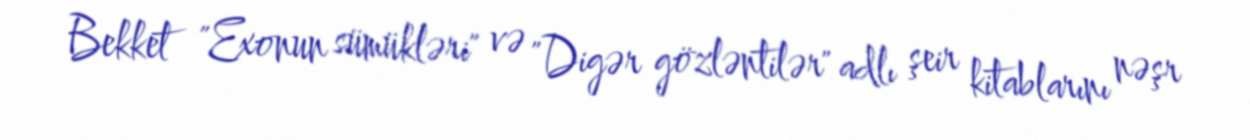
Bekket "Exonun sümükləri" və "Digər gözləntilər" adlı şeir kitablarını nəşr